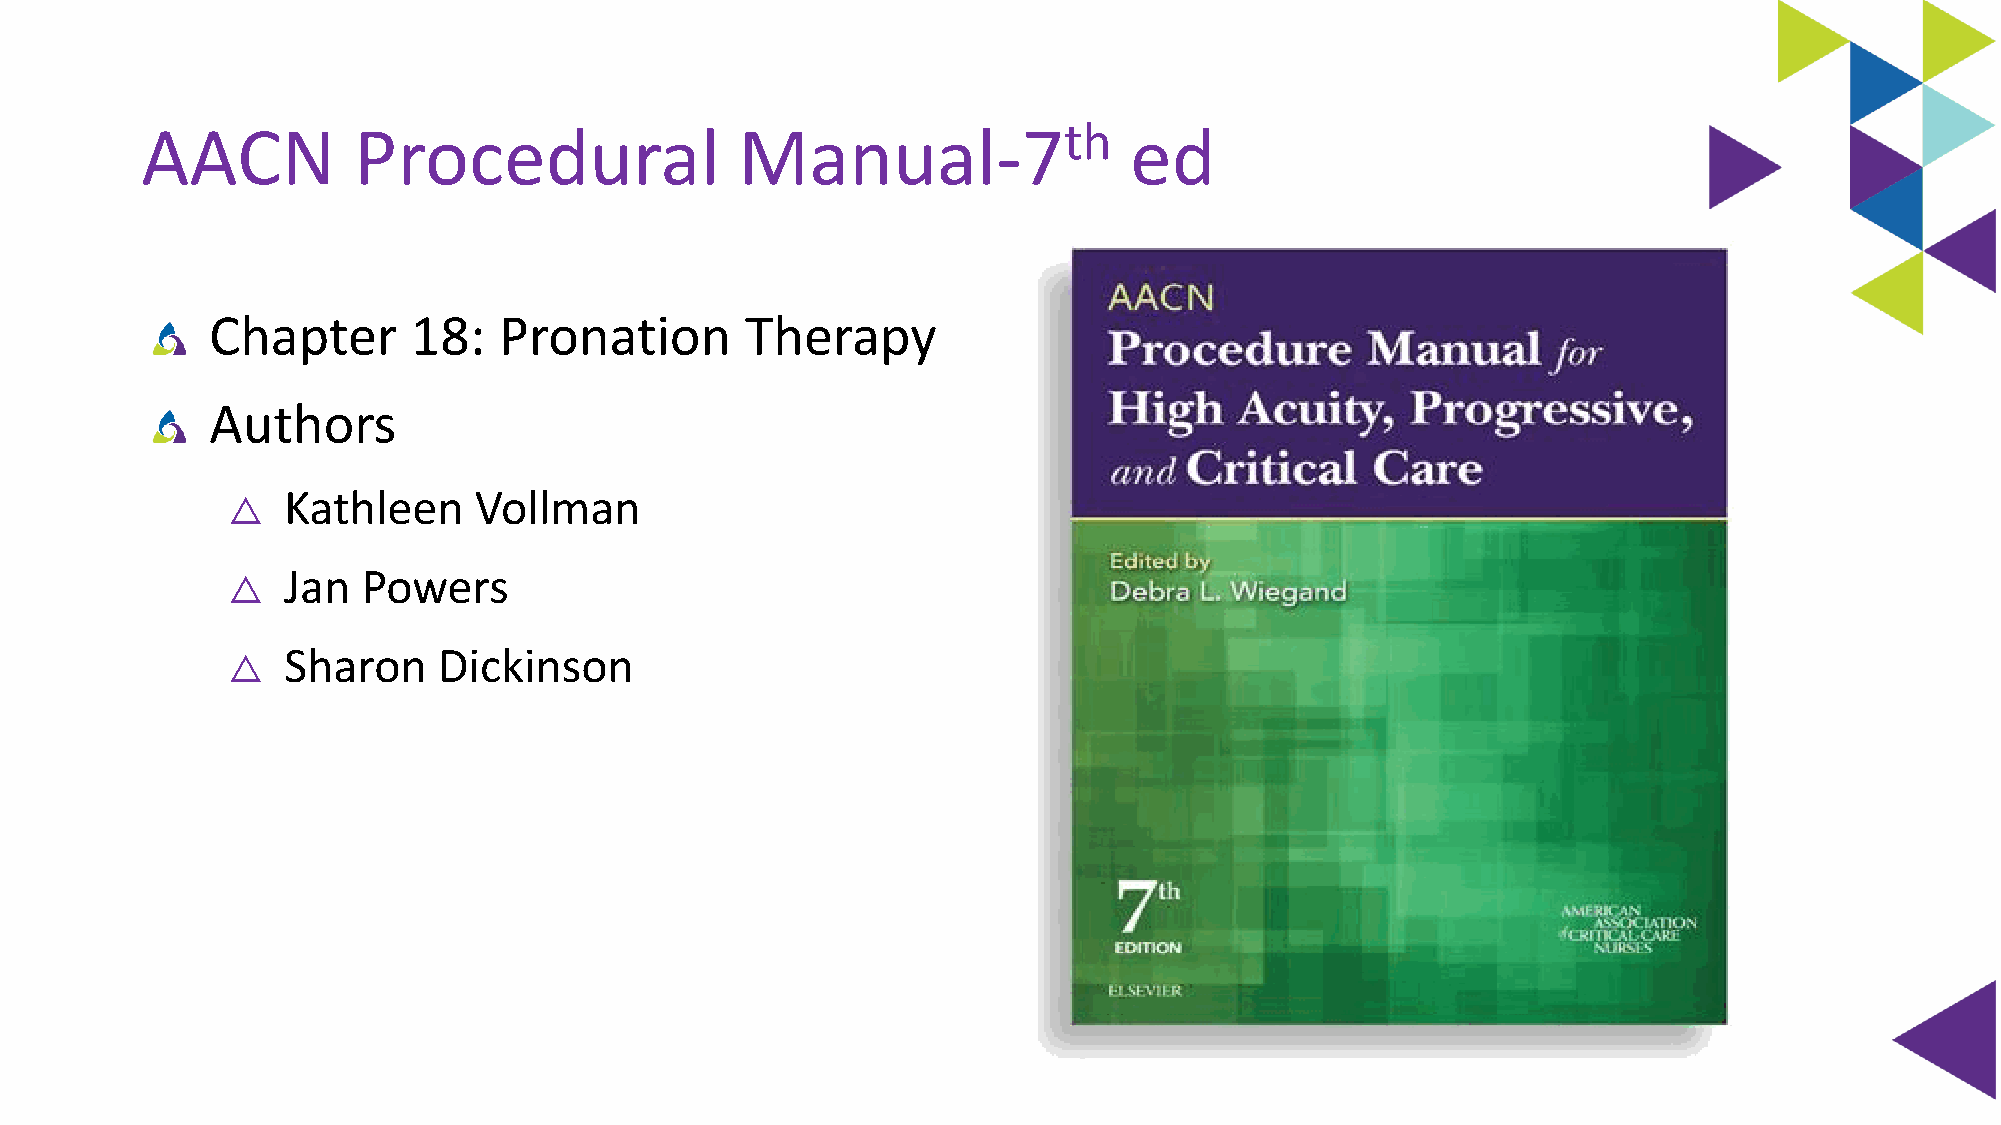
AACN          Procedural                Manual-7th                ed
 Chapter      18:   Pronation       Therapy
 Authors
 Kathleen    Vollman
 △
 Jan  Powers
 △
 Sharon    Dickinson
 △